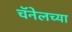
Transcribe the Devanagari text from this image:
चॅनेलच्या